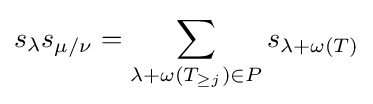
s_{\lambda }s_{\mu /\nu }=\sum _{\lambda +\omega (T_{\geq j})\in P}s_{\lambda +\omega (T)}